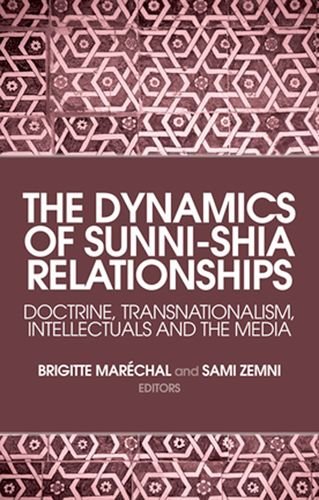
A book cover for The Dynamics of Sunni-Shia Relationships: Doctrine,   Transnationalism, Intellectuals and the Media; Religion & Spirituality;